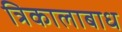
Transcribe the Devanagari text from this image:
त्रिकालाबाध